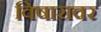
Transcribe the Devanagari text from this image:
विषारावर